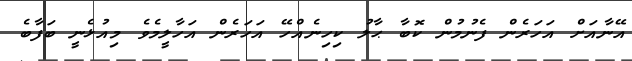
އޭނާއަށް އަހަރެން ފެނުމުން ކޮބާ ޙާލު ކިހިނެއްހޭ އަހަރެން އަހާލީމެވެ މިއުޅެނީ ބަފާބެ